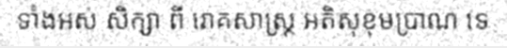
ទាំងអស់ សិក្សា ពី រោគសាស្ត្រ អតិសុខុមប្រាណ ទេ